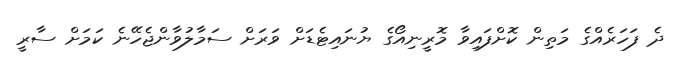
ދެ ފަހަރެއްގެ މަތިން ކޮށްފައިވާ މޮރީނިއޯގެ ޔުނައިޓެޑަށް ވަރަށް ސަމާލުވާންޖެހޭނެ ކަމަށް ސާރީ